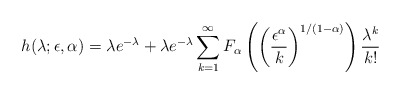
\begin{align*}h(\lambda;\epsilon,\alpha)=\lambda e^{-\lambda} +\lambda e^{-\lambda}\sum_{k=1}^\infty F_\alpha\left(\left(\frac{\epsilon^\alpha}{k}\right)^{1/(1-\alpha)}\right)\frac{\lambda^k}{k!}\end{align*}